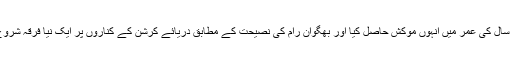
گیارہ سال کی عمر میں انہوں موکش حاصل کیا اور بھگوان رام کی نصیحت کے مطابق دریائے کرشن کے کناروں پر ایک نیا فرقہ شروع کیا۔